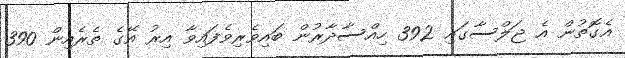
އެގޮތުން އެ ޖަލްސާގައި 392 ހިއްސާދާރުން ބައިވެރިވެފައިވާ އިރު އޭގެ ތެރެއިން 390